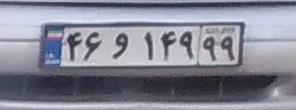
۴۶و۱۴۹۹۹